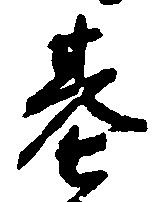
基